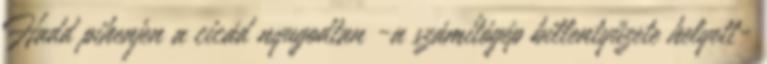
Hadd pihenjen a cicád nyugodtan -a számítógép billentyűzete helyett-